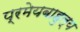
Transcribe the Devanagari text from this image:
प्रमेयबाहुल्य